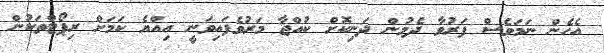
އެހެން ނަމަވެސް ފަރުވާ ދެމުން ދަނިކޮށް ކުއްޖާ މަރުވެފައިވަނީ އިއްޔެ ކަމަށް ރިޕޯޓްތަކުން